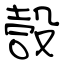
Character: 嗀